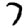
Digit: 7